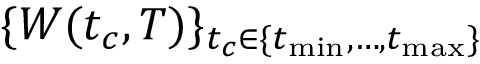
\{ W ( t _ { c } , T ) \} _ { t _ { c } \in \{ t _ { \operatorname* { m i n } } , \dots , t _ { \operatorname* { m a x } } \} }